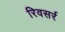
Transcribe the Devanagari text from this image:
रिवसर्र